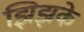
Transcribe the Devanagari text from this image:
झिझके